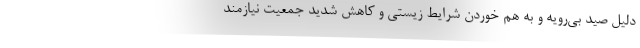
دلیل صید بی‌رویه و به هم خوردن شرایط زیستی و کاهش شدید جمعیت نیازمند